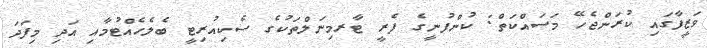
ވަޒީފާގައި ކުރަންޖެހޭ މަސައްކަތް: ކުންފުނީގެ ފެރީ ޓާރމިނަލްތަކުގެ ސެކިއުރިޓީ ބެލެހެއްޓުމާއި އަދި މިފަދަ